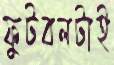
ফুটবলটাই